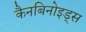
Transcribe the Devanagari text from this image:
कैनबिनोइड्स